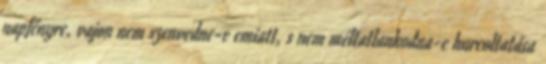
napfényre, vajon nem szenvedne-e emiatt, s nem méltatlankodna-e hurcoltatása